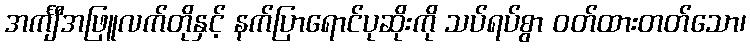
အင်္ကျီအဖြူလက်တိုနှင့် နက်ပြာရောင်ပုဆိုးကို သပ်ရပ်စွာ ဝတ်ထားတတ်သော၊